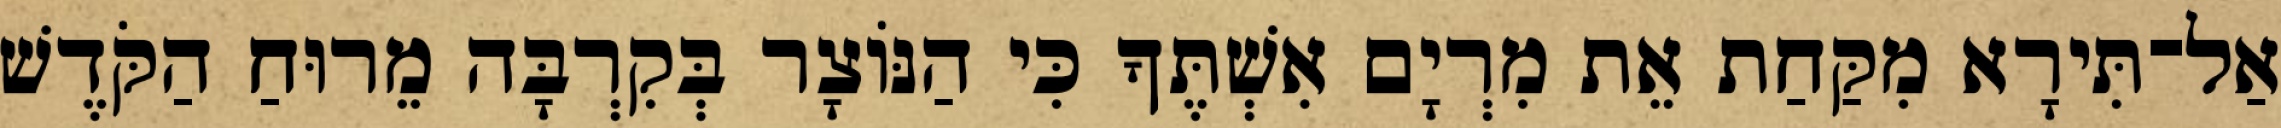
אַל־תִּירָא מִקַּחַת אֵת מִרְיָם אִשְׁתֶּךָ כִּי הַנּוֹצָר בְּקִרְבָּה מֵרוּחַ הַקֹּדֶשׁ